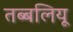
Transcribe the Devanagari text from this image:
तब्बलियू